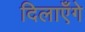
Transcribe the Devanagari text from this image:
दिलाएँगे